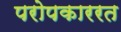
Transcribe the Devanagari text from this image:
परोपकाररत